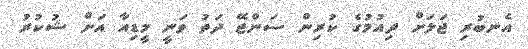
އެނބުރި ޖަލަށް ދިއުމުގެ ކުރިން ސަންޖޭ ދަތު ވަނީ މީޑިއާ އަށް ޝުކުރު